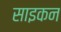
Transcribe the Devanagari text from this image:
साइकन